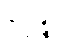
ဇဂ္ဂန္တိ